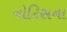
નોટિસના